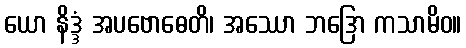
ယော နိဒ္ဒံ အပဗောဓေတိ၊ အဿော ဘဒြော ကသာမိဝ။